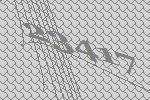
23417